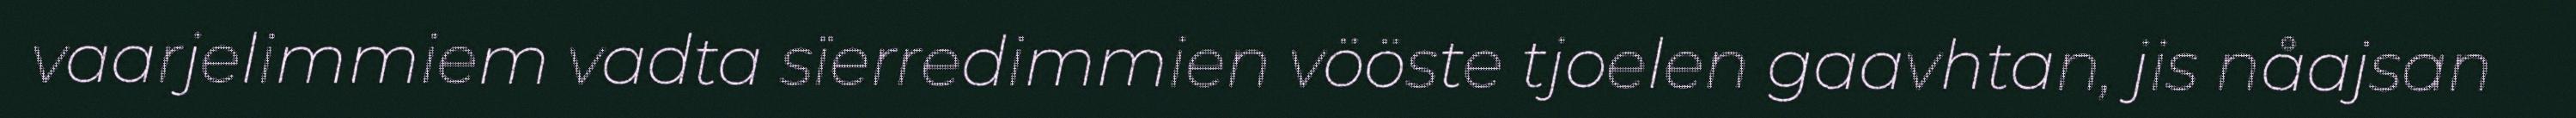
vaarjelimmiem vadta sïerredimmien vööste tjoelen gaavhtan, jis nåajsan